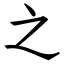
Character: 之